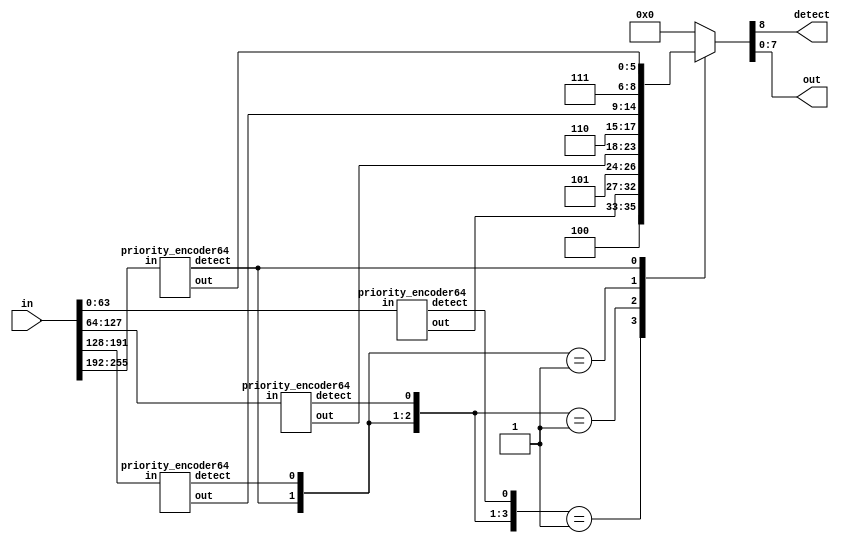
/* MFP priority encoders
 * Copyright(c) 2017 Stanislav Zhelnio
 */

module priority_encoder255
(
    input      [ 255 : 0 ] in,
    output reg             detect,
    output reg [   7 : 0 ] out
);
    wire [3:0] detectL;
    wire [5:0] preoutL [3:0];
    wire [1:0] preoutM;

    //1st order entries
    priority_encoder64 e10( in[  63:0   ], detectL[0], preoutL[0] );
    priority_encoder64 e11( in[ 127:64  ], detectL[1], preoutL[1] );
    priority_encoder64 e12( in[ 191:128 ], detectL[2], preoutL[2] );
    priority_encoder64 e13( in[ 255:192 ], detectL[3], preoutL[3] );

    always @ (*)
        casez(detectL)
            default : {detect, out} = 9'b0;
            4'b0001 : {detect, out} = { 3'b100, preoutL[0] };
            4'b001? : {detect, out} = { 3'b101, preoutL[1] };
            4'b01?? : {detect, out} = { 3'b110, preoutL[2] };
            4'b1??? : {detect, out} = { 3'b111, preoutL[3] };
        endcase
endmodule

module priority_encoder64
(
    input      [ 63 : 0 ] in,
    output                detect,
    output     [  5 : 0 ] out
);
    wire [7:0] detectL;
    wire [2:0] preoutL [7:0];
    wire [2:0] preoutM;

    //3rd order entries
    priority_encoder8 e30( in[  7:0  ], detectL[0], preoutL[0] );
    priority_encoder8 e31( in[ 15:8  ], detectL[1], preoutL[1] );
    priority_encoder8 e32( in[ 23:16 ], detectL[2], preoutL[2] );
    priority_encoder8 e33( in[ 31:24 ], detectL[3], preoutL[3] );
    priority_encoder8 e34( in[ 39:32 ], detectL[4], preoutL[4] );
    priority_encoder8 e35( in[ 47:40 ], detectL[5], preoutL[5] );
    priority_encoder8 e36( in[ 55:48 ], detectL[6], preoutL[6] );
    priority_encoder8 e37( in[ 63:56 ], detectL[7], preoutL[7] );

    //2nd order entry
    priority_encoder8 e20(detectL, detect, preoutM);

    assign out = detect ? { preoutM, preoutL[preoutM] } : 6'b0;
endmodule

module priority_encoder8
(
    input       [ 7 : 0 ] in,
    output reg            detect,
    output reg  [ 2 : 0 ] out
);
    always @ (*)
        casez(in)
            default     : {detect, out} = 4'b0000;
            8'b00000001 : {detect, out} = 4'b1000;
            8'b0000001? : {detect, out} = 4'b1001;
            8'b000001?? : {detect, out} = 4'b1010;
            8'b00001??? : {detect, out} = 4'b1011;
            8'b0001???? : {detect, out} = 4'b1100;
            8'b001????? : {detect, out} = 4'b1101;
            8'b01?????? : {detect, out} = 4'b1110;
            8'b1??????? : {detect, out} = 4'b1111;
        endcase
endmodule

module priority_encoder8_r
(
    input       [ 7 : 0 ] in,
    output reg            detect,
    output reg  [ 2 : 0 ] out
);
    always @ (*)
        casez(in)
            default     : {detect, out} = 4'b0000;
            8'b???????1 : {detect, out} = 4'b1000;
            8'b??????10 : {detect, out} = 4'b1001;
            8'b?????100 : {detect, out} = 4'b1010;
            8'b????1000 : {detect, out} = 4'b1011;
            8'b???10000 : {detect, out} = 4'b1100;
            8'b??100000 : {detect, out} = 4'b1101;
            8'b?1000000 : {detect, out} = 4'b1110;
            8'b10000000 : {detect, out} = 4'b1111;
        endcase
endmodule

module priority_encoder16_r
(
    input      [  15 : 0 ] in,
    output reg             detect,
    output reg [   3 : 0 ] out
);
    wire [1:0] detectL;
    wire [2:0] preoutL [1:0];

    //1st order entries
    priority_encoder8_r e10( in[  7:0 ], detectL[0], preoutL[0] );
    priority_encoder8_r e11( in[ 15:8 ], detectL[1], preoutL[1] );

    always @ (*)
        casez(detectL)
            default : {detect, out} = 5'b0;
            2'b?1   : {detect, out} = { 2'b10, preoutL[0] };
            2'b10   : {detect, out} = { 2'b11, preoutL[1] };
        endcase
endmodule